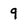
Character: 9